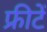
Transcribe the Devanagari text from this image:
फ्रीटें